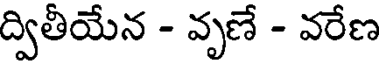
ద్వితీయేన - వృణే - వరేణ